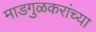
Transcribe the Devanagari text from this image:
माडगुळकरांच्या